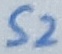
Text: S2